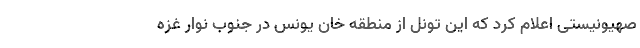
صهیونیستی اعلام کرد که این تونل از منطقه خان یونس در جنوب نوار غزه